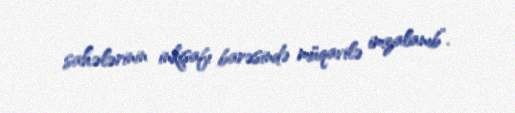
sahələrinin inkişafı barəsində müqavilə imzalanıb”.